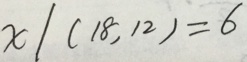
x / ( 1 8 , 1 2 ) = 6